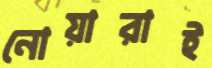
নোয়ারাই